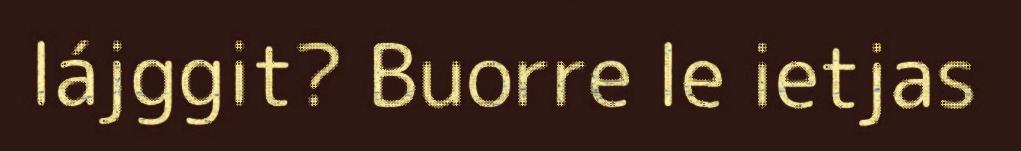
lájggit? Buorre le ietjas